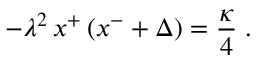
- \lambda ^ { 2 } \, x ^ { + } \left( x ^ { - } + \Delta \right) = { \frac { \kappa } { 4 } } \; .